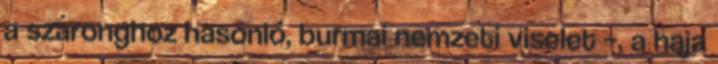
a szaronghoz hasonló, burmai nemzeti viselet –, a haja